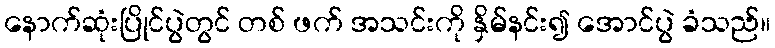
နောက်ဆုံးပြိုင်ပွဲတွင် တစ် ဖက် အသင်းကို နှိမ်နင်း၍ အောင်ပွဲ ခံသည်။